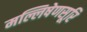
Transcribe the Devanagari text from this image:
मल्लिषेणसूरि